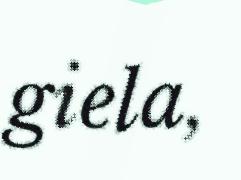
giela,